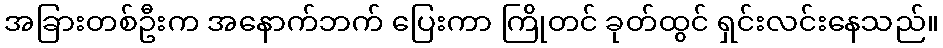
အခြားတစ်ဦးက အနောက်ဘက် ပြေးကာ ကြိုတင် ခုတ်ထွင် ရှင်းလင်းနေသည်။